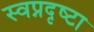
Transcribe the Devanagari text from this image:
स्‍वप्नदृष्‍टा